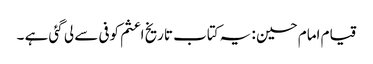
قیام امام حسین : یہ کتاب تاریخ اعثم کوفی سے لی گئی ہے ۔